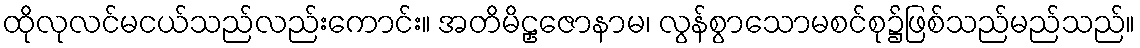
ထိုလုလင်မငယ်သည်လည်းကောင်း။ အတိမိဠှဇောနာမ၊ လွန်စွာသောမစင်စု၌ဖြစ်သည်မည်သည်။